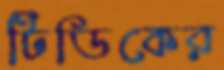
টিডিকের